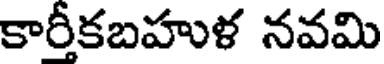
కారీకబహుళ నవమి